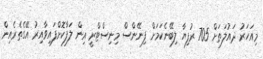
މިއަހަރު ދައުލަތަށް 705 ރުފިޔާ ލިބޭނެކަމަށް ފިނޭންސް މިނިސްޓްރީ އިން ލަފާކޮށްފައިވާއިރު އޭގެތެރެއިން